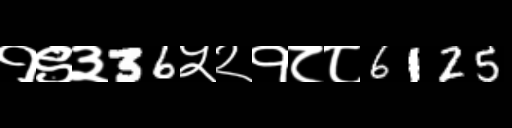
Text: १९३36५२१८८6125